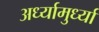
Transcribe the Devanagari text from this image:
अर्ध्यामुर्ध्या